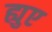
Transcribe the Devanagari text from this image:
ह्युए